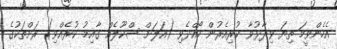
އެހެންވީމަ ތިޔަ ވިދާޅުވާ ކުރިއެރުން ހޯއްދެވި (އަލަށް ސްކޫލެއް ގާއިމު ކުރެއްވި) ރަށްތަކުގެ